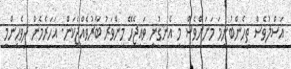
އަސްލުވެސް ތިހެންބުނީމަ މަށަށްވެސް މި އެނގުނީ ވައިޖެހޭ މިންވަރު ބާރުވެއްޖެކަން. އަހަރެމެން ދިވެހިންމީ